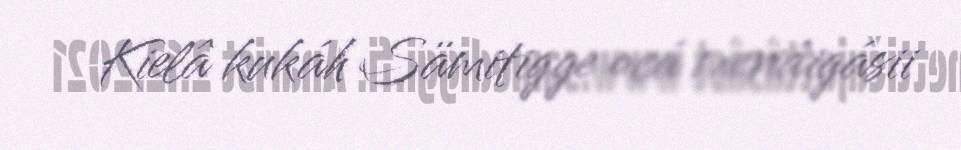
Kielâ kukáh Sämitigge ocá meriáigásii